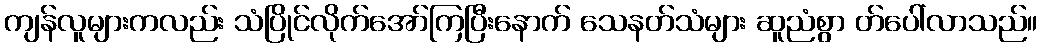
ကျန်လူများကလည်း သံပြိုင်လိုက်အော်ကြပြီးနောက် သေနတ်သံများ ဆူညံစွာ တ်ပေါ်လာသည်။